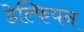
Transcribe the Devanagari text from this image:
डेल्फियन